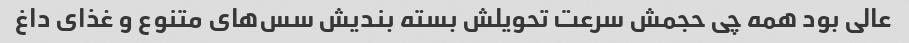
عالی بود همه چی حجمش سرعت تحویلش بسته بندیش سس‌های متنوع و غذای داغ